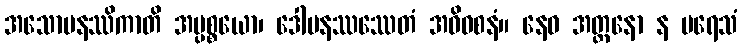
အသောမနဿိကာတိ အပ္ပစ္စယော၊ ဒေါမနဿဿေတံ အဓိဝစနံ။ နေဝ အတ္တနော န ပရေသံ